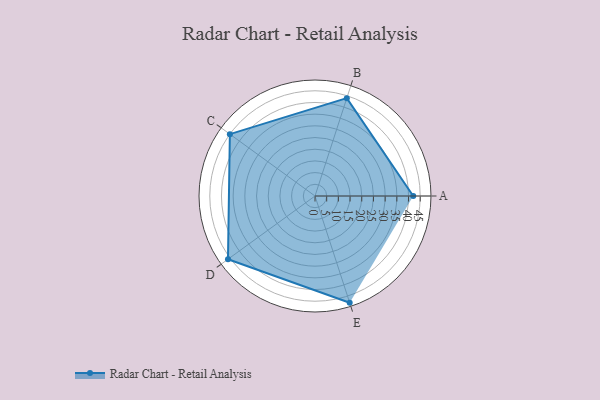
{"axis": {"x": "Skill", "y": "Score"}, "legend": ["Profile"], "data": [{"x": "A", "y": 42.0, "type": "Profile"}, {"x": "B", "y": 44.0, "type": "Profile"}, {"x": "C", "y": 45.0, "type": "Profile"}, {"x": "D", "y": 46.0, "type": "Profile"}, {"x": "E", "y": 48.0, "type": "Profile"}]}